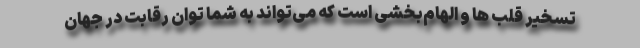
تسخیر قلب ها و الهام‌بخشی است که می‌تواند به شما توان رقابت در جهان